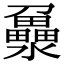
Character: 𤃻